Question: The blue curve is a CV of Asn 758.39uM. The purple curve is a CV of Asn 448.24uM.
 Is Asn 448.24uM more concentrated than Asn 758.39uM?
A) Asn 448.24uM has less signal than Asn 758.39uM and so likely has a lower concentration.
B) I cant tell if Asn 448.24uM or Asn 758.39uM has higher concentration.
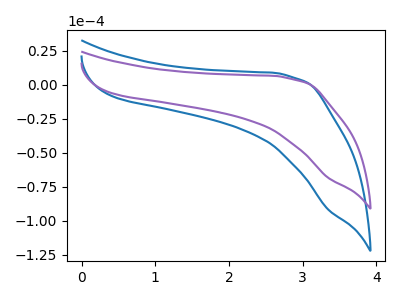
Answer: <think>The blue curve "Asn 758.39uM" has no peaks. The purple curve "Asn 448.24uM" has no peaks.
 Neither "Asn 448.24uM" or "Asn 758.39uM" have any peaks.</think>
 <answer>B) I cant tell if "Asn 448.24uM" or "Asn 758.39uM" has higher concentration.</answer>
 <eval>B</eval>